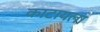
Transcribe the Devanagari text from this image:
काटायला